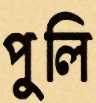
পুলি